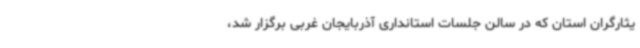
یثارگران استان که در سالن جلسات استانداری آذربایجان غربی برگزار شد،